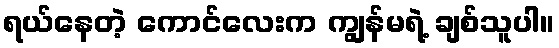
ရယ်နေတဲ့ ကောင်လေးက ကျွန်မရဲ့ ချစ်သူပါ။